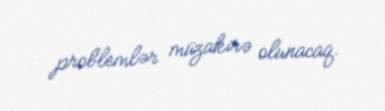
problemlər müzakirə olunacaq.